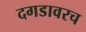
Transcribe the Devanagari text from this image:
दगडावरच